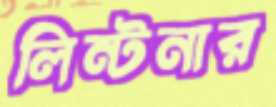
লিন্টনার